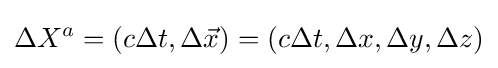
\Delta X^{a}=\left(c\Delta t,\Delta {\vec {x}}\right)=(c\Delta t,\Delta x,\Delta y,\Delta z)